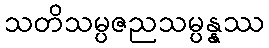
သတိသမ္ပဇညသမ္ပန္နဿ